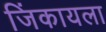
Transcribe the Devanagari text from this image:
जिंकायला